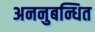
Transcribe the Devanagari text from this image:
अननुबन्धित